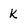
Character: K